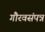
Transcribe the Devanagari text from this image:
गौरवसंपन्न